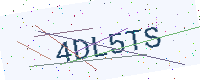
Text: 4DL5TS